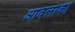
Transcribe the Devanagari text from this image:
आवलोकीं